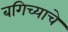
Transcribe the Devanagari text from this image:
बगिच्याचे